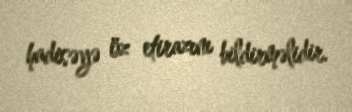
hadisəyə öz etirazını bildirməlidir.